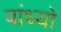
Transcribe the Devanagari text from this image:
बांध्‍यो